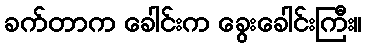
ခက်တာက ခေါင်းက ခွေးခေါင်းကြီး။